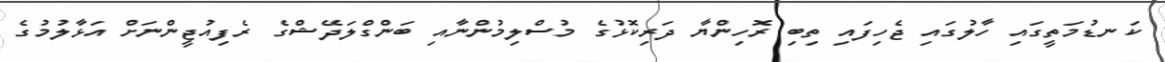
ކަނޑުމަތީގައި ހާލުގައި ޖެހިފައި ތިބި ރޮހިންޔާ ދަރިކޮޅުގެ މުސްލިމުންނާއި ބަންގްލަދޭޝްގެ ރެފިއުޖީންނަށް އަޅާލުމުގެ